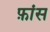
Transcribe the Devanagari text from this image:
फ़ांस